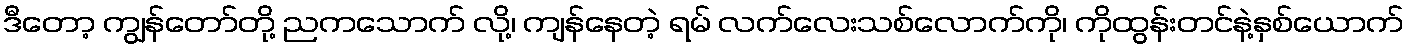
ဒီတော့ ကျွန်တော်တို့ ညကသောက် လို့၊ ကျန်နေတဲ့ ရမ် လက်လေးသစ်လောက်ကို၊ ကိုထွန်းတင်နဲ့နှစ်ယောက်